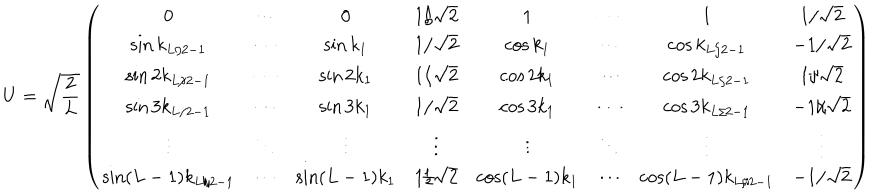
U = \sqrt { \frac { 2 } { L } } \left( \begin{array} { c c c c c c c c } { { 0 } } & { { \cdots } } & { { 0 } } & { { 1 / \sqrt { 2 } } } & { { 1 } } & { { \cdots } } & { { 1 } } & { { 1 / \sqrt { 2 } } } \\ { { \sin k _ { L / 2 - 1 } } } & { { \cdots } } & { { \sin k _ { 1 } } } & { { 1 / \sqrt { 2 } } } & { { \cos k _ { 1 } } } & { { \cdots } } & { { \cos k _ { L / 2 - 1 } } } & { { - 1 / \sqrt { 2 } } } \\ { { \sin 2 k _ { L / 2 - 1 } } } & { { \cdots } } & { { \sin 2 k _ { 1 } } } & { { 1 / \sqrt { 2 } } } & { { \cos 2 k _ { 1 } } } & { { \cdots } } & { { \cos 2 k _ { L / 2 - 1 } } } & { { 1 / \sqrt { 2 } } } \\ { { \sin 3 k _ { L / 2 - 1 } } } & { { \cdots } } & { { \sin 3 k _ { 1 } } } & { { 1 / \sqrt { 2 } } } & { { \cos 3 k _ { 1 } } } & { { \cdots } } & { { \cos 3 k _ { L / 2 - 1 } } } & { { - 1 / \sqrt { 2 } } } \\ { { \vdots } } & { { \ddots } } & { { \vdots } } & { { \vdots } } & { { \vdots } } & { { \ddots } } & { { \vdots } } & { { \vdots } } \\ { { \sin ( L - 1 ) k _ { L / 2 - 1 } } } & { { \cdots } } & { { \sin ( L - 1 ) k _ { 1 } } } & { { 1 / \sqrt { 2 } } } & { { \cos ( L - 1 ) k _ { 1 } } } & { { \cdots } } & { { \cos ( L - 1 ) k _ { L / 2 - 1 } } } & { { - 1 / \sqrt { 2 } } } \\ \end{array} \right)